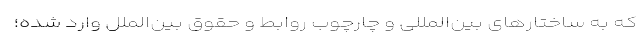
که به ساختارهای بین‌المللی و چارچوب روابط و حقوق بین‌الملل وارد شده؛